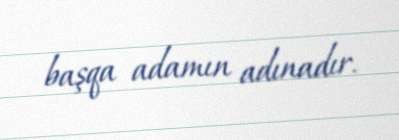
başqa adamın adınadır.